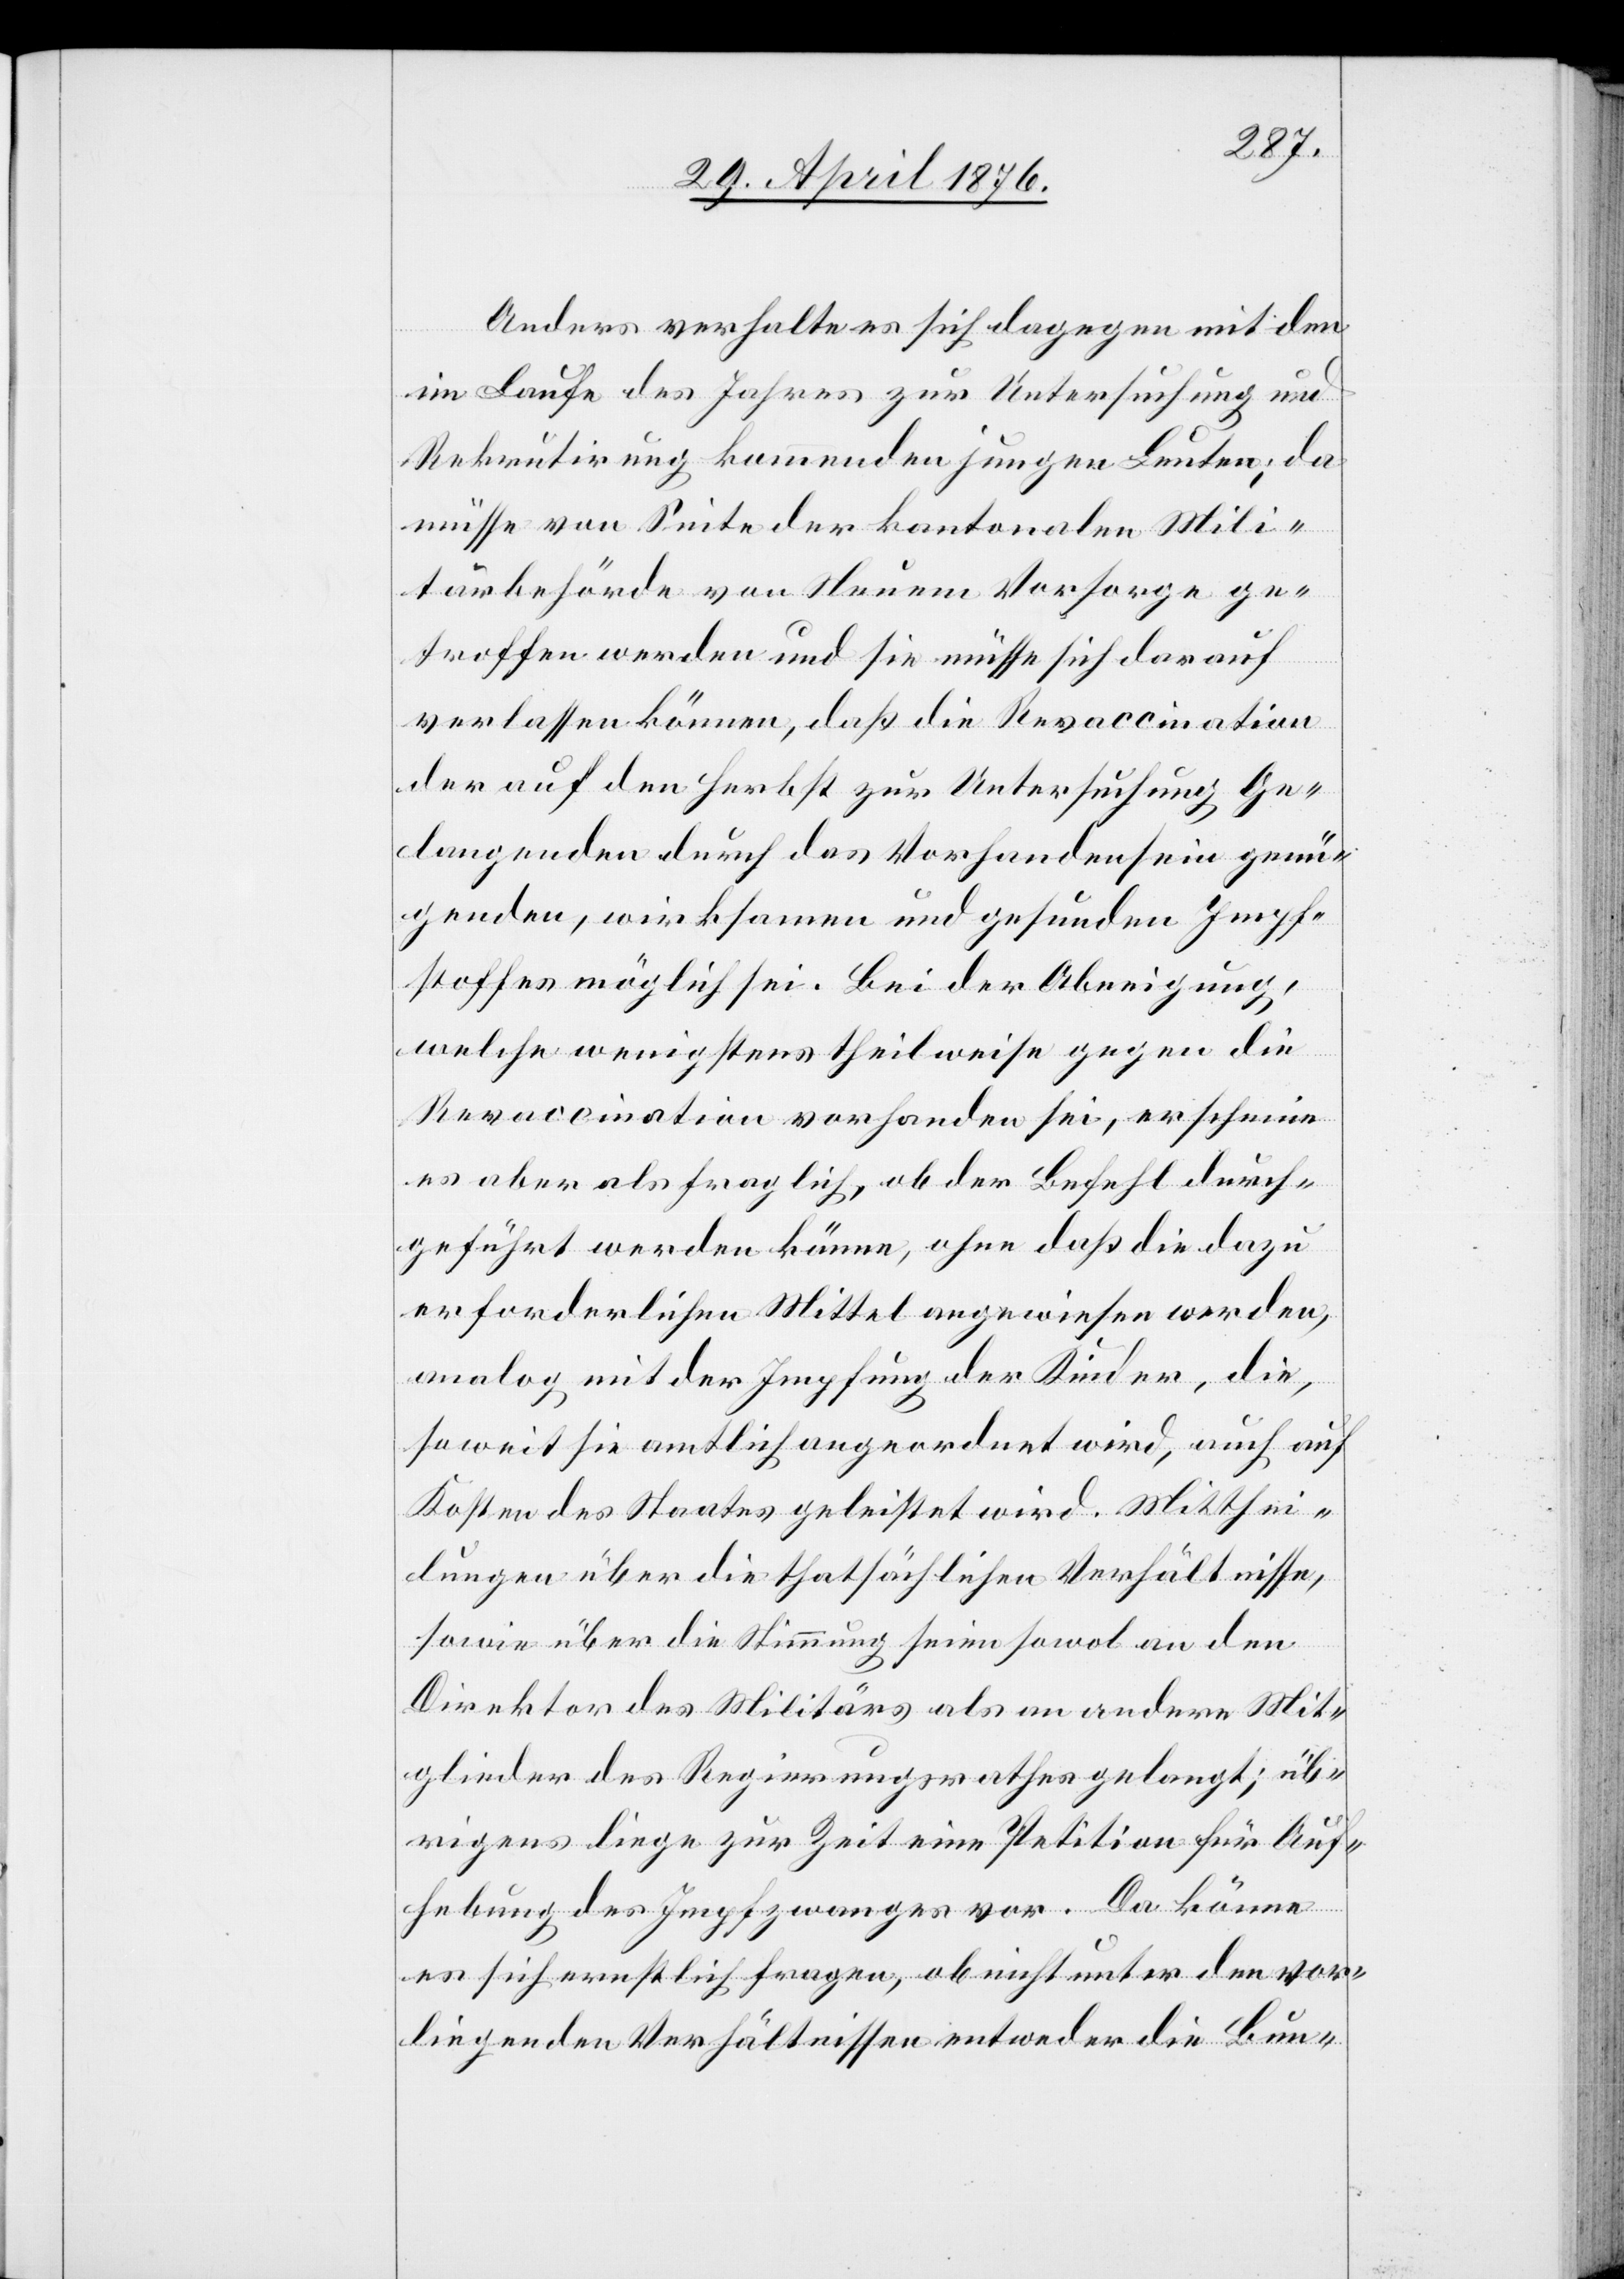
Anders verhalten sich dagegen mit dem
im Laufe des Jahres zur Untersuchung und
Rekrutirung kommenden jungen Leuten; da
müsse von Seite der kantonalen Mili¬
tärbehörde von Neuem Vorsorge ge¬
troffen werden und sie müsse sich darauf
verlassen können, daß die Revaccination
der auf den Herbst zur Untersuchung Ge¬
langenden durch das Vorhandensein genü¬
genden, wirksamen und gesunden Impf¬
stoffen möglich sei. Bei der Abneigung,
welche wenigstens theilweise gegen die
Revaccination vorhanden sei, erscheine
es aber als fraglich, ob der Befehl durch¬
geführt werden könne, ohne daß die dazu
erforderlichen Mittel angewiesen werden,
analog mit der Impfung der Kinder, die,
soweit sie amtlich angeordnet wird, auch auf
Kosten des Staates geleistet wird. Mitthei¬
lungen über die thatsächlichen Verhältnisse,
sowie über die Stimmung seien sowol an den
Direktor des Militärs als an andere Mit¬
glieder des Regierungsrathes gelangt; üb¬
rigens liege zur Zeit eine Petition für Auf¬
hebung des Impfzwanges vor. Da könne
es sich ernstlich fragen, ob nicht unter den vor¬
liegenden Verhältnissen entweder die Bun-